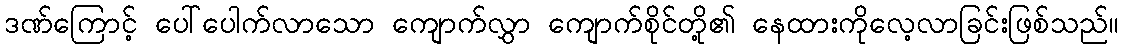
ဒဏ်ကြောင့် ပေါ်ပေါက်လာသော ကျောက်လွှာ ကျောက်စိုင်တို့၏ နေထားကိုလေ့လာခြင်းဖြစ်သည်။